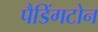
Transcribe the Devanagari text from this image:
पैडिंगटोन